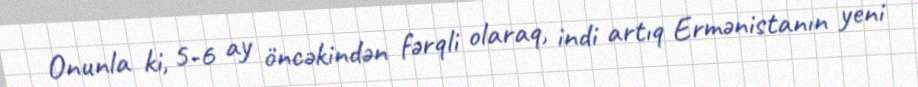
Onunla ki, 5-6 ay öncəkindən fərqli olaraq, indi artıq Ermənistanın yeni